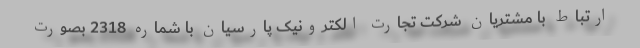
ارتباط با مشتریان شرکت تجارت الکترونیک پارسیان با شماره 2318 بصورت